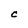
Character: C